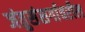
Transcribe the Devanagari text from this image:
जंतुसंसर्गावरील